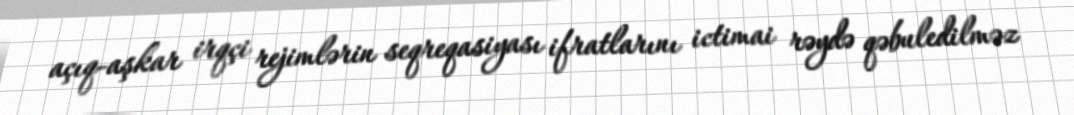
açıq-aşkar irqçi rejimlərin seqreqasiyası ifratlarını ictimai rəydə qəbuledilməz